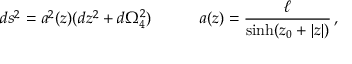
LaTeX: d s ^ { 2 } = a ^ { 2 } ( z ) ( d z ^ { 2 } + d \Omega _ { 4 } ^ { 2 } ) \quad \qquad a ( z ) = \frac { \ell } { \sinh ( z _ { 0 } + | z | ) } \, ,